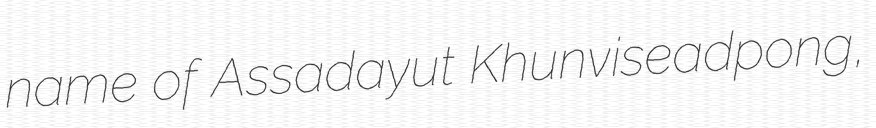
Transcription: name of Assadayut Khunviseadpong,